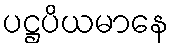
ပဋ္ဌပိယမာနေ